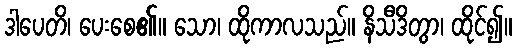
ဒါပေတိ၊ ပေးစေ၏။ သော၊ ထိုကာလသည်။ နိသီဒိတွာ၊ ထိုင်၍။